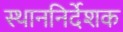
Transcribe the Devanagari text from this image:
स्थाननिर्देशक